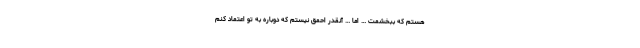
هستم که ببخشمت … اما … آنقدر احمق نیستم که دوباره به تو اعتماد کنم